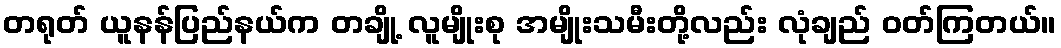
တရုတ် ယူနန်ပြည်နယ်က တချို့ လူမျိုးစု အမျိုးသမီးတို့လည်း လုံချည် ဝတ်ကြတယ်။